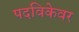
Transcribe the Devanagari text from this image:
पदविकेवर